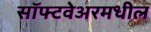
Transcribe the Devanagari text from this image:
सॉफ्टवेअरमधील